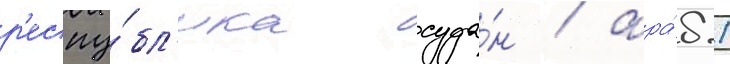
р'еспу́бл'ика суда́н / ара́б.)